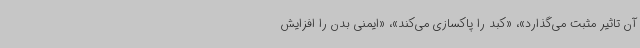
آن تاثیر مثبت می‌گذارد»، «کبد را پاکسازی می‌کند»، «ایمنی بدن را افزایش